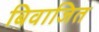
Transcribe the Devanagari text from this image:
बिवाजित